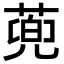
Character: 蔸